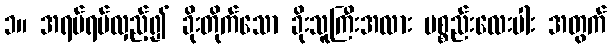
၁။ အရပ်ရပ်လှည့်၍ ခိုးတိုက်သော ခိုးသူကြီးအလား ပစ္စည်းလေးပါး အတွက်